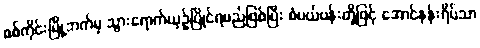
စစ်ကိုင်းမြို့ဘက်မှ သွားရောက်ယှဉ်ပြိုင်ရမည်ဖြစ်ပြီး စံပယ်ပန်းတို့ဖြင့် အောင်နန်းရိပ်သာ